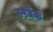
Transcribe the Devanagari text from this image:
स्पर्धेक